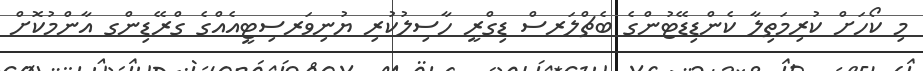
މި ކޯހަށް ކުރިމަތިލާ ކެންޑިޑޭޓުންގެ ބެޗްލަރސް ޑިގްރީ ހާސިލުކުރި ޔުނިވަރސިޓީއެއްގެ ގްރޭޑިންގ އާންމުކޮށް